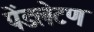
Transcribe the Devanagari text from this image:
पेंडलेटण